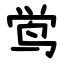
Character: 鸴